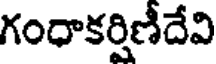
గంధాకర్షిణీదేవి